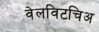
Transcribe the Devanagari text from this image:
वेलविटचिअ